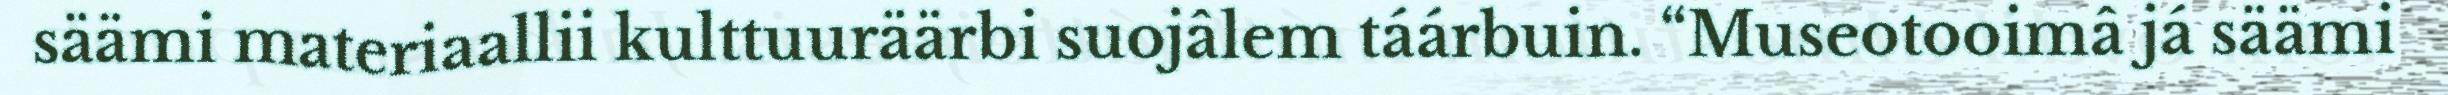
säämi materiaallii kulttuuräärbi suojâlem táárbuin. “Museotooimâ já säämi